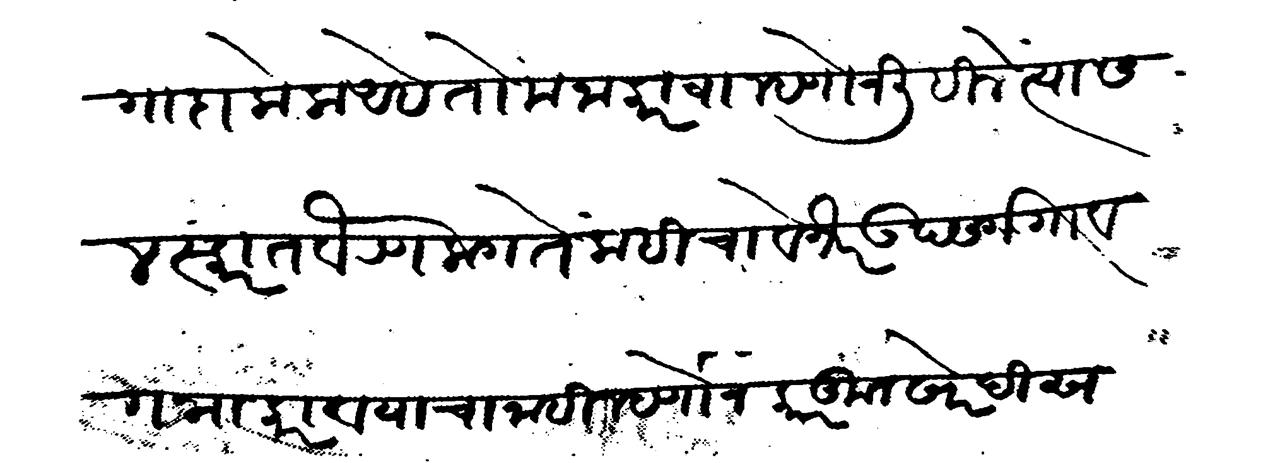
Transliteration (Devanagari): तगादा केला अहे तो मना करावा म्हणोन लिहिलें त्यास लस्करात वैरण लागते कहीचा वगैरे उपसर्ग गावगना करावयाचा नाही म्हणोन कारकून खरेदीस